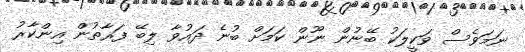
ނަމަވެސް ވަކީލަކު ބޭނުން ނޫން ކަމަށް ބުނެ ދައުވާ ލިބޭ ފަރާތުން އިންކާރު